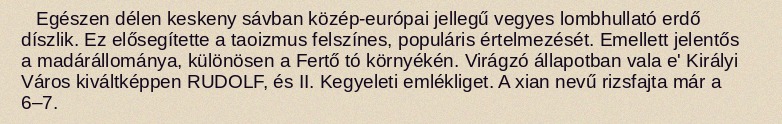
Egészen délen keskeny sávban közép-európai jellegű vegyes lombhullató erdő díszlik. Ez elősegítette a taoizmus felszínes, populáris értelmezését. Emellett jelentős a madárállománya, különösen a Fertő tó környékén. Virágzó állapotban vala e' Királyi Város kiváltképpen RUDOLF, és II. Kegyeleti emlékliget. A xian nevű rizsfajta már a 6–7.